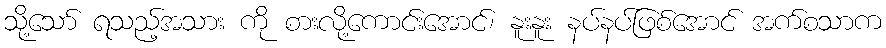
သို့သော် ရသည့်အသား ကို စားလို့ကောင်းအောင်၊ နူးနူး နပ်နပ်ဖြစ်အောင် အက်စသာက